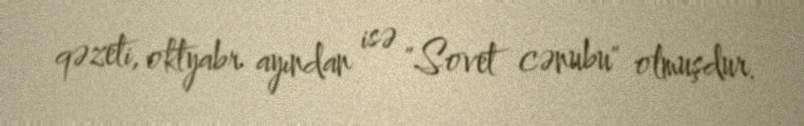
qəzeti, oktyabr ayından isə "Sovet cənubu" olmuşdur.